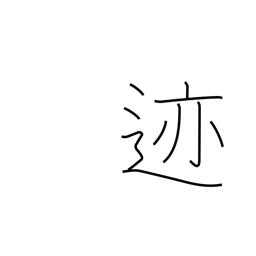
Meaning: impression